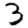
Digit: 3